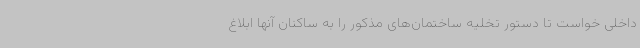
داخلی خواست تا دستور تخلیه ساختمان‌های مذکور را به ساکنان آنها ابلاغ